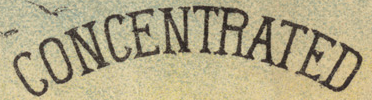
CONCENTRATED